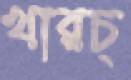
খারচ্